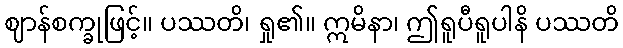
ဈာန်စက္ခုဖြင့်။ ပဿတိ၊ ရှု၏။ ဣမိနာ၊ ဤရူပီရူပါနိ ပဿတိ